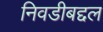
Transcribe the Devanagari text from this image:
निवडीबद्दल